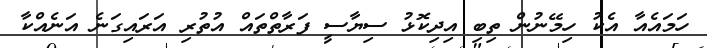
ހަމައެއާ އެކު ހިމޭނުން ތިބި އިދިކޮޅު ސިޔާސީ ފަރާތްތައް އުތުރި އަރައިގަނެ އަނެއްކާ